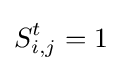
S_{i,j}^{t}=1